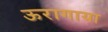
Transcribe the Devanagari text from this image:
ऊरागाया